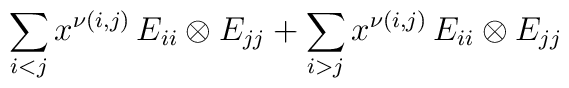
\sum_{i<j}x^{\nu(i,j)}\,E_{ii}\otimes E_{jj} +\sum_{i>j} x^{\nu(i,j)}\, E_{ii}\otimes E_{jj}